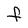
Character: F